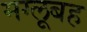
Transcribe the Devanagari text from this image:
मग्लूबह